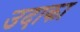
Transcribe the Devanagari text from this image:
उदाका